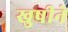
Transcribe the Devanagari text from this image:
खुषीने